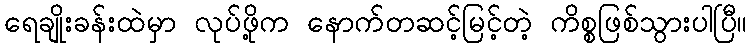
ရေချိုးခန်းထဲမှာ လုပ်ဖို့က နောက်တဆင့်မြင့်တဲ့ ကိစ္စဖြစ်သွားပါပြီ။